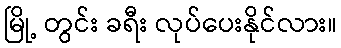
မြို့ တွင်း ခရီး လုပ်ပေးနိုင်လား။